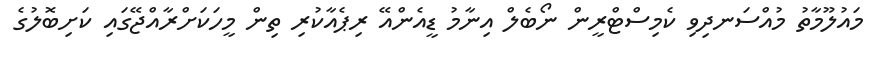
މައުލޫމާތު މުއްސަނދިވި ކެމިސްޓްރީން ނޯބެލް އިނާމު ޑީއެންއޭ ރިޕެއާކުރި ތިން މީހަކަށްރާއްޖޭގައި ކަށިބޮލުގެ